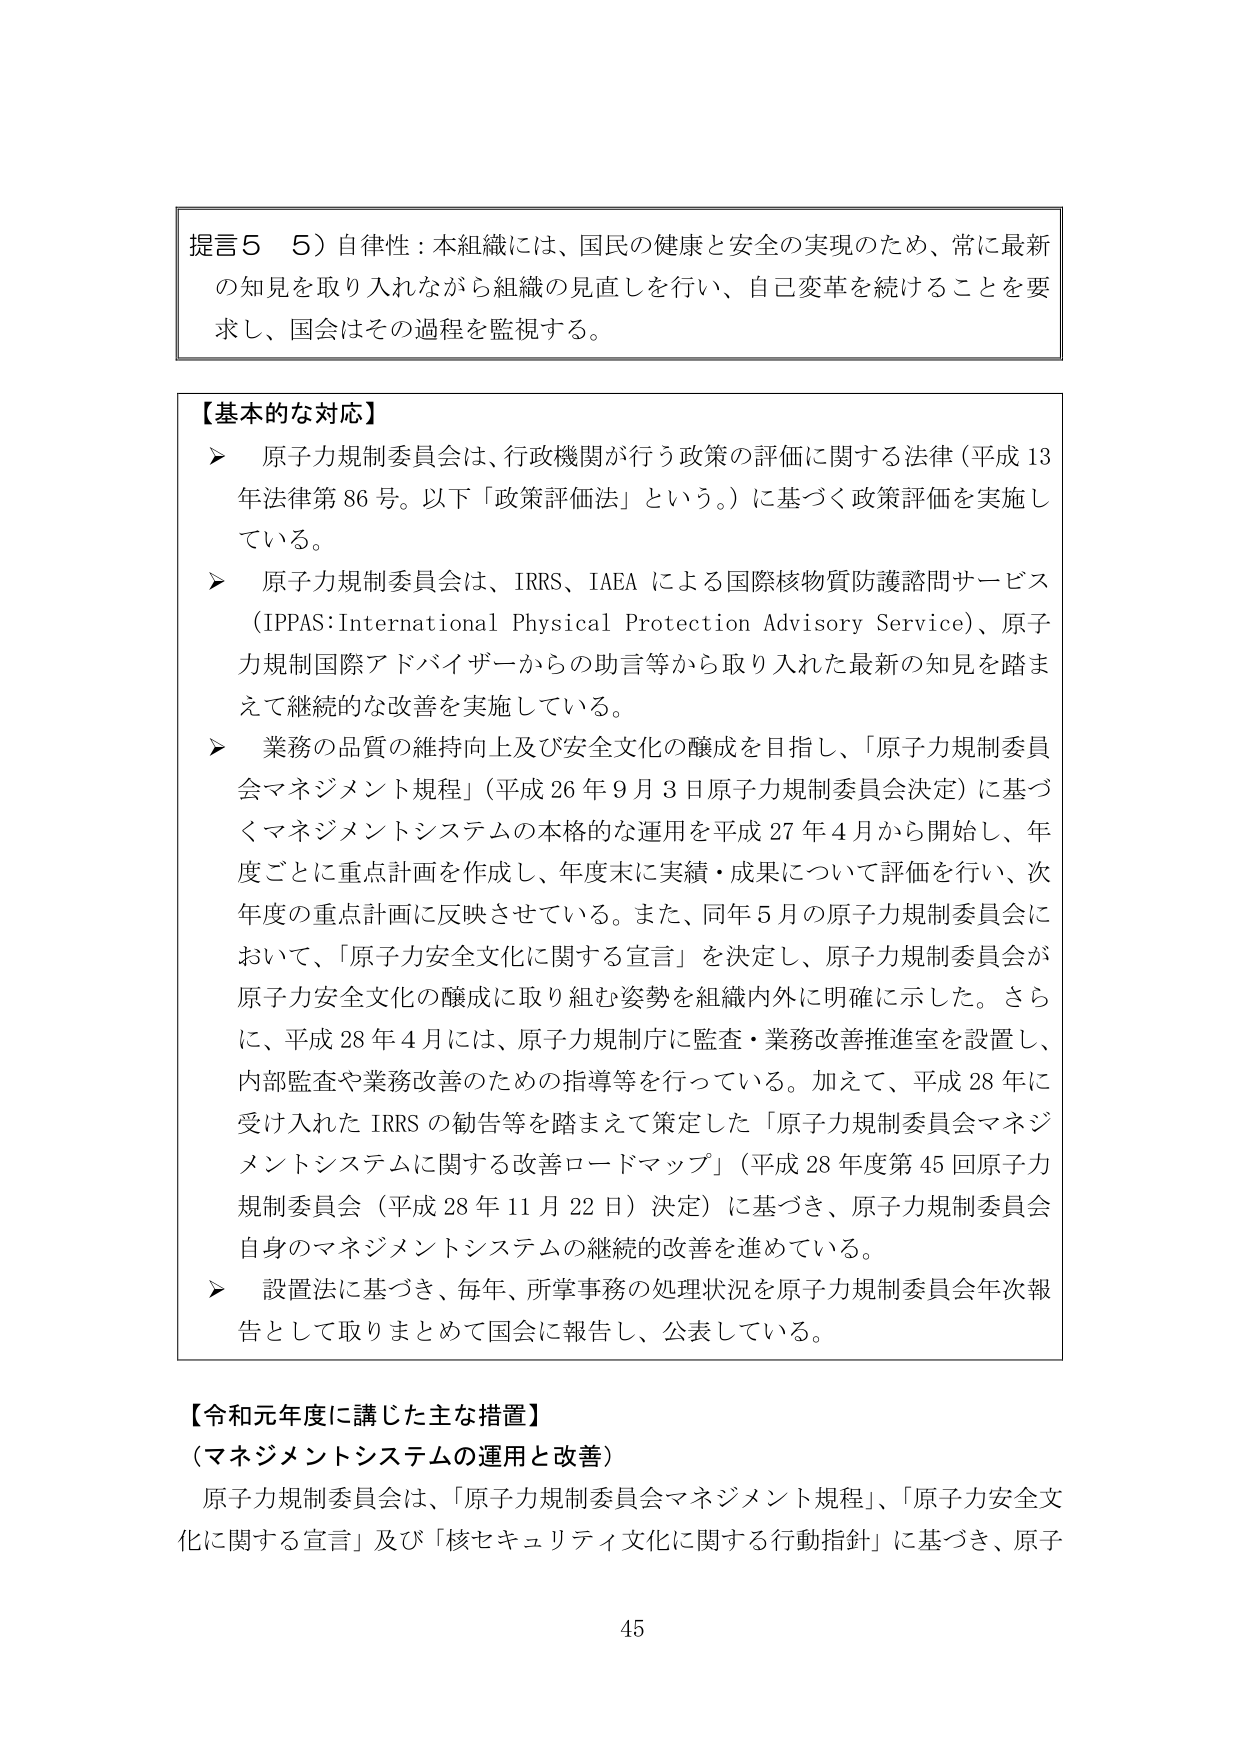
提言5　5）自律性：本組織には、国民の健康と安全の実現のため、常に最新の知見を取り入れながら組織の見直しを行い、自己変革を続けることを要求し、国会はその過程を監視する。

【基本的な対応】
➤　原子力規制委員会は、行政機関が行う政策の評価に関する法律（平成13年法律第86号。以下「政策評価法」という。）に基づく政策評価を実施している。
➤　原子力規制委員会は、IRRS、IAEAによる国際核物質防護諮問サービス（IPPAS：International Physical Protection Advisory Service）、原子力規制国際アドバイザーからの助言等から取り入れた最新の知見を踏まえて継続的な改善を実施している。
➤　業務の品質の維持向上及び安全文化の醸成を目指し、「原子力規制委員会マネジメント規程」（平成26年9月3日原子力規制委員会決定）に基づくマネジメントシステムの本格的な運用を平成27年4月から開始し、年度ごとに重点計画を作成し、年度末に実績・成果について評価を行い、次年度の重点計画に反映させている。また、同年5月の原子力規制委員会において、「原子力安全文化に関する宣言」を決定し、原子力規制委員会が原子力安全文化の醸成に取り組む姿勢を組織内外に明確に示した。さらに、平成28年4月には、原子力規制庁に監査・業務改善推進室を設置し、内部監査や業務改善のための指導等を行っている。加えて、平成28年に受け入れたIRRSの勧告等を踏まえて策定した「原子力規制委員会マネジメントシステムに関する改善ロードマップ」（平成28年度第45回原子力規制委員会（平成28年11月22日）決定）に基づき、原子力規制委員会自身のマネジメントシステムの継続的改善を進めている。
➤　設置法に基づき、毎年、所掌事務の処理状況を原子力規制委員会年次報告として取りまとめて国会に報告し、公表している。

【令和元年度に講じた主な措置】
（マネジメントシステムの運用と改善）
原子力規制委員会は、「原子力規制委員会マネジメント規程」、「原子力安全文化に関する宣言」及び「核セキュリティ文化に関する行動指針」に基づき、原子

45